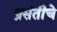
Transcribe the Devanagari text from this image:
प्रसंतीचे